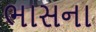
ભાસના